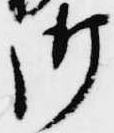
御